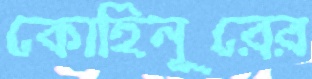
কোহিনূরের